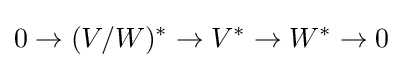
0\rightarrow (V/W)^{*}\rightarrow V^{*}\rightarrow W^{*}\rightarrow 0